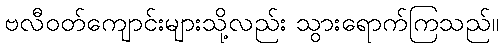
ဗလီဝတ်ကျောင်းများသို့လည်း သွားရောက်ကြသည်။